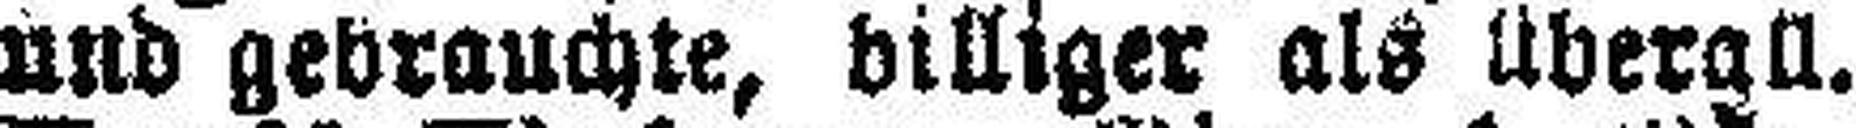
und gebrauchte, billiger als überall.